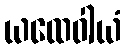
ယထေဝါယံ